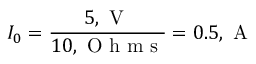
I _ { 0 } = \frac { 5 , \mathrm { ~ V ~ } } { 1 0 , \mathrm { ~ O ~ h ~ m ~ s ~ } } = 0 . 5 , \mathrm { ~ A ~ }